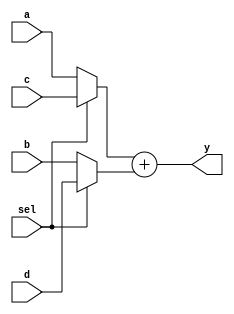
module adder_area (a,b,c,d,sel,y);

	input [7:0] a,b,c,d;
	input sel;
	output [7:0] y;
	wire [7:0] y0, y1;
	
	assign y0 = (sel==0)?a:c;
	assign y1 = (sel==0)?b:d;
	assign y = y0+y1;
endmodule